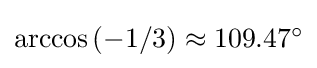
{\textstyle \arccos \left(-1/3\right)\approx 109.47^{\circ }}